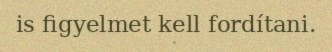
is figyelmet kell fordítani.